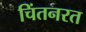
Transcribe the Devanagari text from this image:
चिंतनरत